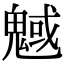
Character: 魊